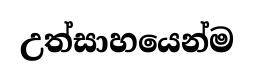
උත්සාහයෙන්ම